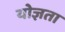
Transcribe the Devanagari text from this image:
योज्ञता